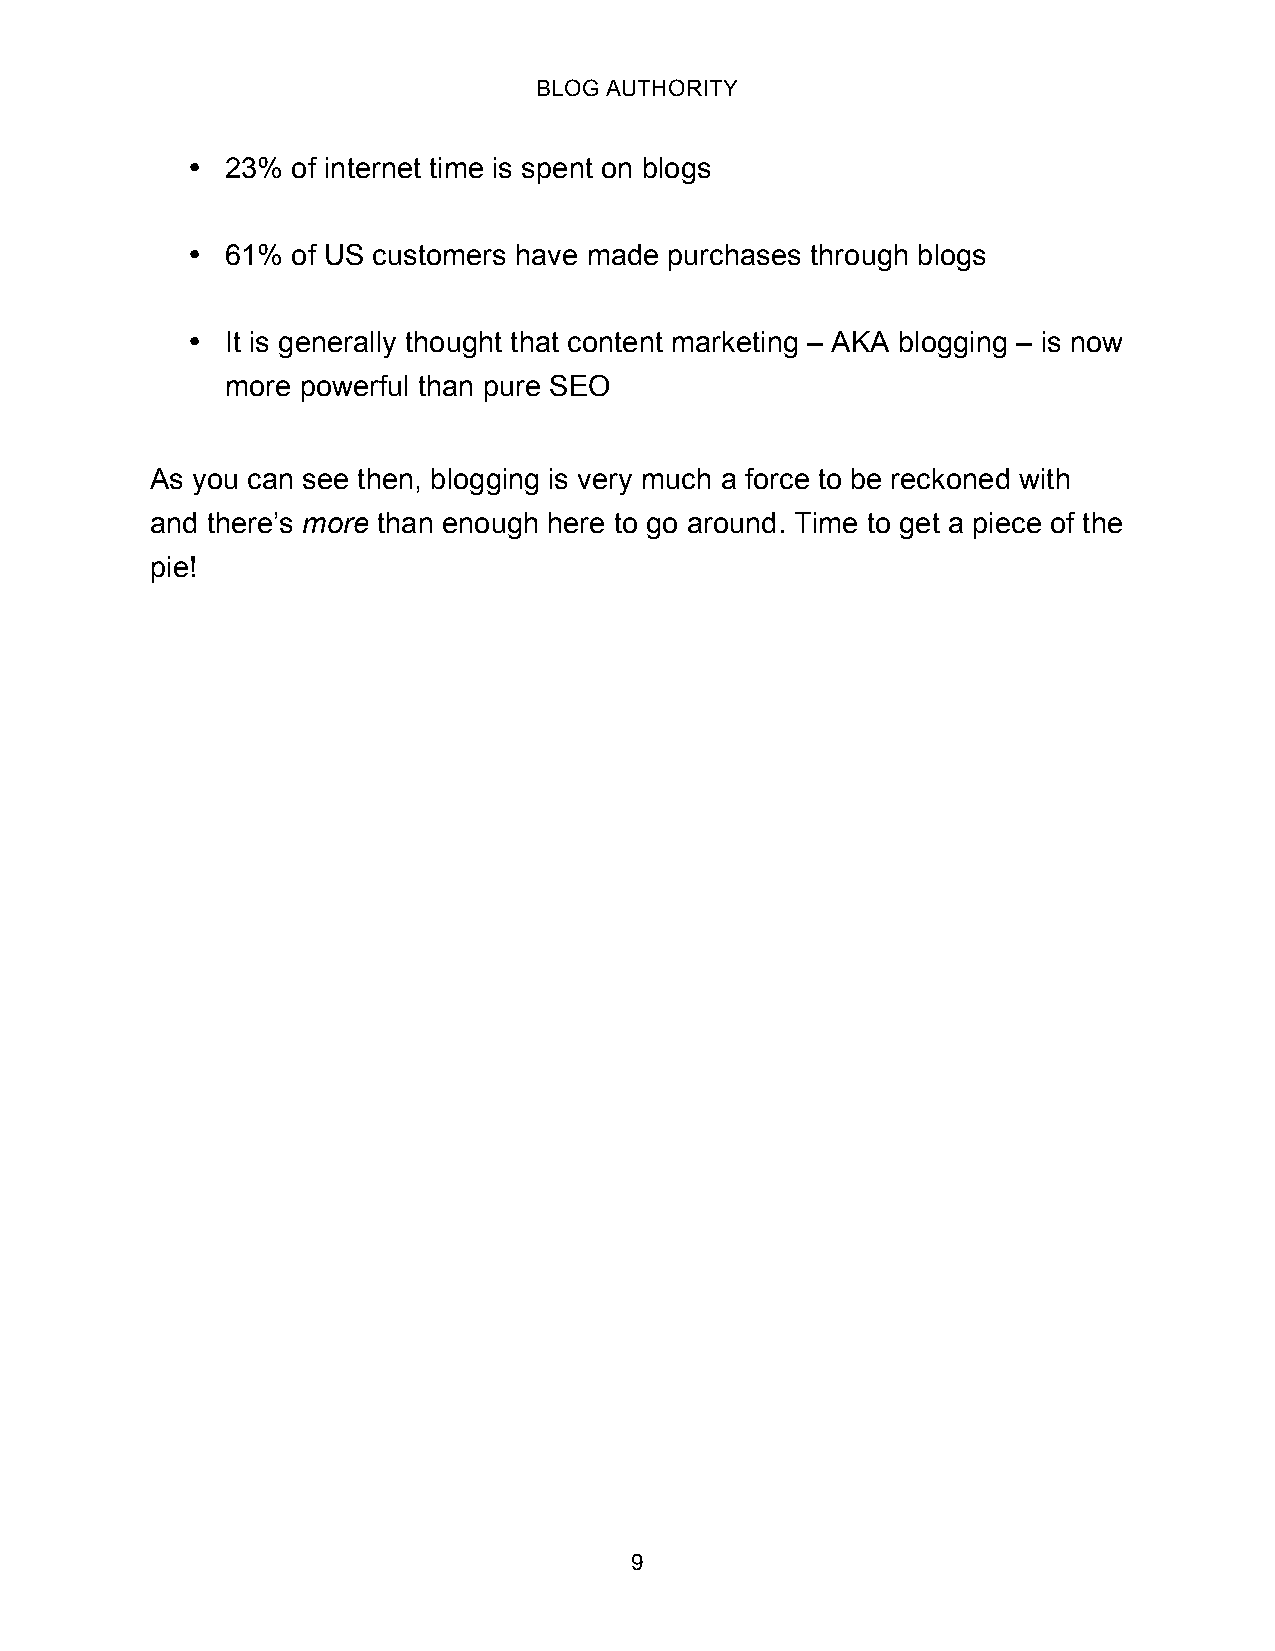
BLOG AUTHORITY
 •  23% of internet time is spent on blogs
 •  61% of US customers have made purchases through blogs
 •  It is generally thought that content marketing – AKA blogging – is now
 more powerful than pure SEO
 As you can see then, blogging is very much a force to be reckoned with
 and there’s more than enough here to go around. Time to get a piece of the
 pie!
 9